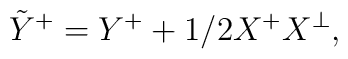
\tilde{Y}^+ = Y^+ + 1/2 X^+X^\perp ,